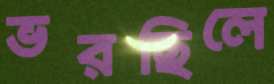
ভরছিলে